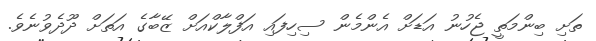
ތަށި ބިންމަތީ ޖެހުނު އަޑަށް އެންމެން ސިހިފައި އަފްލާކްއަށް ޒޭބާގެ އަތަށް ދޫދެވުނެވެ.